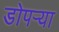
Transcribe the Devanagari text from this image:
डोपर्‍या